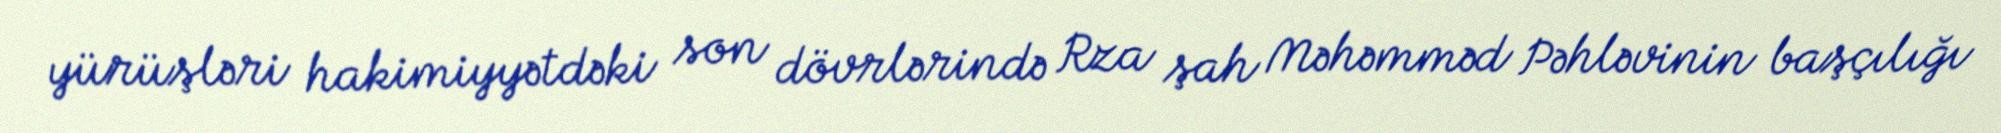
yürüşləri hakimiyyətdəki son dövrlərində Rza şah Məhəmməd Pəhləvinin başçılığı